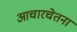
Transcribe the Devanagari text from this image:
आचारचेतना